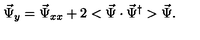
\vec { \Psi } _ { y } = \vec { \Psi } _ { x x } + 2 < \vec { \Psi } \cdot \vec { \Psi } ^ { \dagger } > \vec { \Psi } .